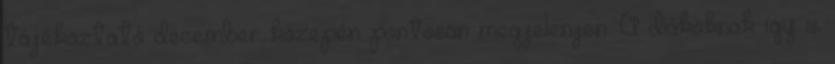
tájékoztató december közepén pontosan megjelenjen. A diákoknak így is